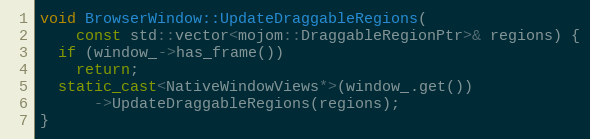
Language: C++
void BrowserWindow::UpdateDraggableRegions(
    const std::vector<mojom::DraggableRegionPtr>& regions) {
  if (window_->has_frame())
    return;
  static_cast<NativeWindowViews*>(window_.get())
      ->UpdateDraggableRegions(regions);
}